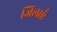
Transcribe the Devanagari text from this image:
जिलाएँ